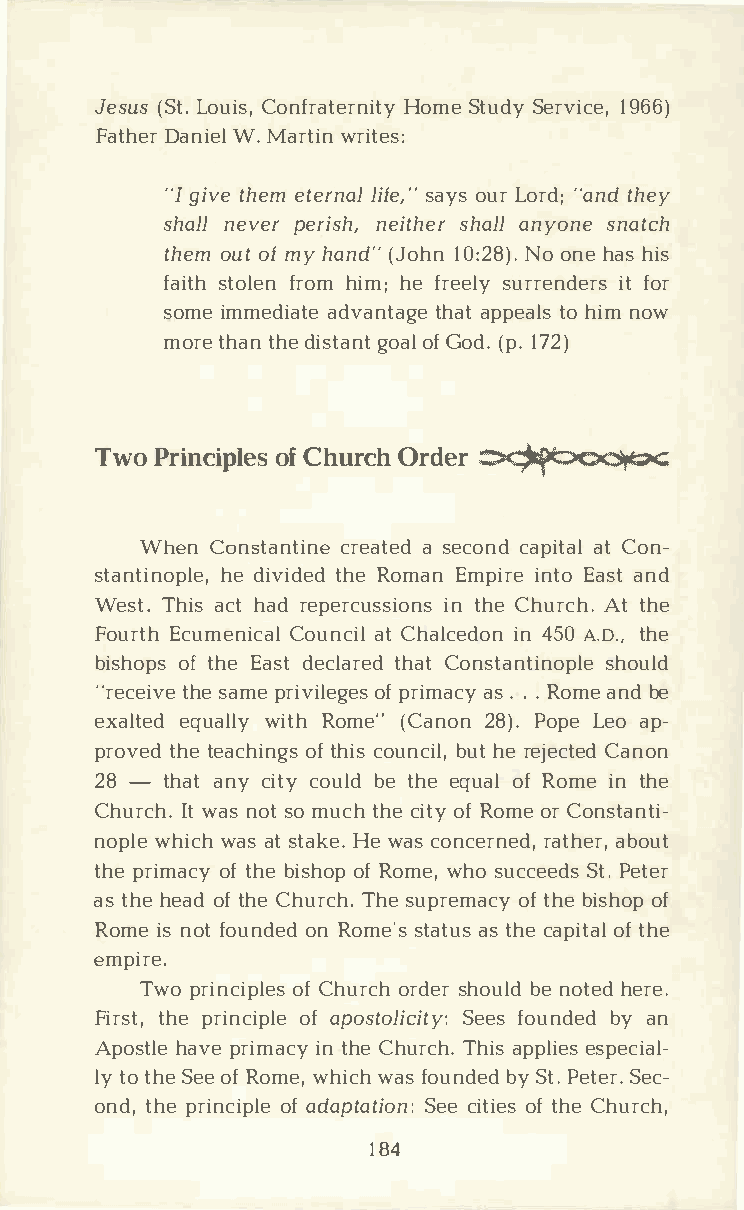
Jes(uSsLt o.u Ciosn,f ratHeormnSeit tuSyde yr v1i9c6e6,)
 FathDearnW i.eMl a rtwirni tes:
 "Ig ivteh eemt erlniafslea ,yo"su L ro r"da;nt dh ey
 shanlelv epre �insehi,t shhearal nly osnnea tch
 theomu otfm yh and("J ohn N1o0o :n2he8a h)si. s
 faisttho lfernoh mi mh;ef reseulryr enidte rfso r
 somiem mediate    tahdaavptap nettaohal igsnme o w
 morteh atnhd ei stgaonoatflG od(.p1 .7 2)
 TwoP  rincoifCp hluersOc rhd �e r
 WhenC onstacnrteianates e edc ocnadp iattCa oln ­
 stantihnedo ipvlietd,he Redo maEnm piirnetE oa satn d
 WesTth.i asch ta dre percuisnts hiCeoh nusr Actht .h e
 FourEtchu menCiocuanalct Ci hla lciend4 o5An0. Ot.h,e
 bishooftp hsEe a sdte clatrheaCdto nstantsihnooupllde
 "rectehiseva emp er iviolfpe rgiemsaa s.c .yR. o maen bde
 exalted    weiqtRuhoa mlel("yC an2o8n)P .o pLee oa p­
 provtehtdee achoiftn hgcisos u nbcuihtler , e jected Canon
 28-  thaatn yc itcyo ubledt heeq uoaflR omien t he
 ChurIcwtha .ns o stom ucthh cei otfyR omoerC onstanti­
 nopwlhei wcahas ts taHkeew .a cso ncerrantehdae,br o,u t
 thper imoaftc hybe i shoofRp o mweh,os ucceSetPd.es t er
 ast hhee aodft hCeh urTchhse.u preomfat chbyei shoofp
 Romiens o fto unodneR do mes'tsa atstu hsce a piotfta hle
 empire.
 Twop rincoifCp hluersoc rhd sehro ublend o theedr e.
 Firtshtpe,r incoifap ploes tolSiecefisot uyn:bd eyad n
 Aposhtalvpeer imiantc hyCe h urTchhia.sp pleisepse cial­
 lyt ot hSee oefR omweh,i wcahfs o unbdySe dtP .e tSeerc.­
 ondt,hp er incoifap dlaep taSteiceoi nt:oi fte hsCe h urch,
 184